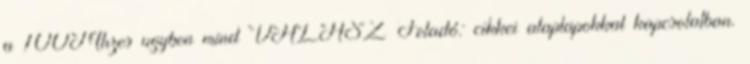
a 100Mhzes ugyben mind VÁLASZ Feladó: cikkei alaplapokkal kapcsolatban.